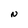
Character: N